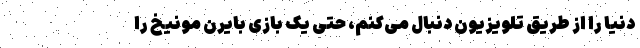
دنیا را از طریق تلویزیون دنبال می‌کنم، حتی یک بازی بایرن مونیخ را